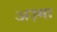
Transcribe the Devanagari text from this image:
अज़्मा